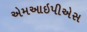
એમઆઇપીએસ